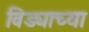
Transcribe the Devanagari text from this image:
विड्याच्‍या